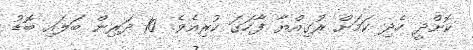
ކޮށްދީ ހެދި ކަމަށް ރުގިއްޔާ ފާހަގަ ކުރިއެވެ. 10 ދަރިން ބަލައި ބޮޑު